Annual report of the Punjab Veterinary College and of the Civil Veterinary Department, Punjab - 1920-1925
Year: 1920
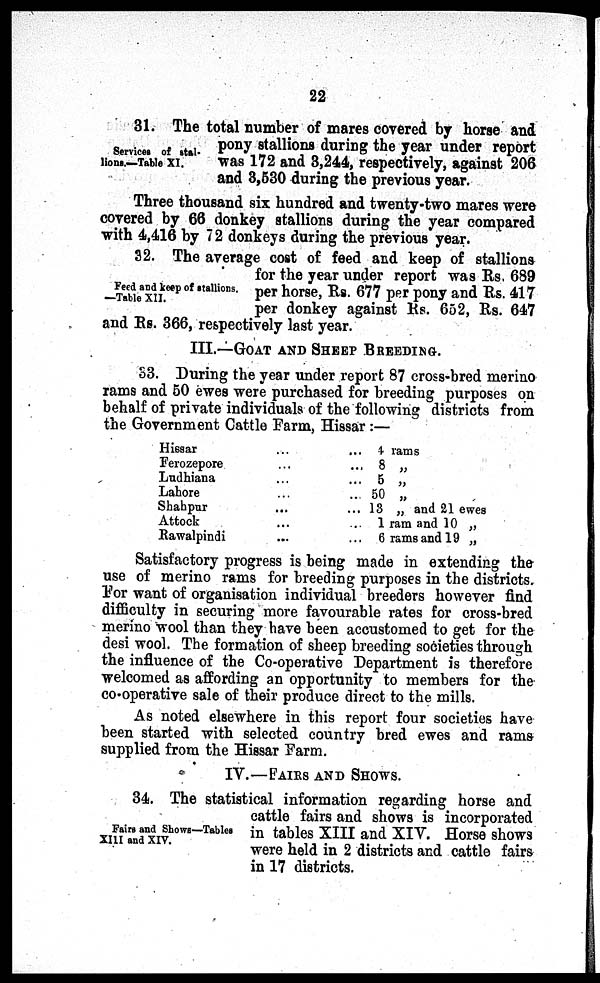
22
Services of stal-
lions.—Table XI.
31. The total number of mares covered by horse and
pony stallions during the year under report
was 172 and 3,244, respectively, against 206
and 3,530 during the previous year.
Three thousand six hundred and twenty-two mares were
covered by 66 donkey stallions during the year compared
with 4,416 by 72 donkeys during the previous year.
Feed and keep of stallions.—Table XII.
32. The average cost of feed and keep of stallions
for the year under report was Rs 689
per horse, Rs. 677 per pony and Rs. 417
per donkey against Rs. 652, Rs. 647
and Rs. 366, respectively last year.
III.—GOAT AND SHEEP BREEDING.
33. During the year under report 87 cross-bred merino
rams and 50 ewes were purchased for breeding purposes on
behalf of private individuals of the following districts from
the Government Cattle Farm, Hissar:—
Hissar
Ferozepore
Ludhiana
Lahore
Shahpur
Attock
Rawalpindi
...
...
...
...
...
...
...
...
...
...
...
...
...
...
4 rams
8 „
5 „
50 „
13 „ and 21 ewes
1 ram and 10 „
6 rams and 19 „
Satisfactory progress is being made in extending the
use of merino rams for breeding purposes in the districts.
For want of organisation individual breeders however find
difficulty in securing more favourable rates for cross-bred
merino wool than they have been accustomed to get for the
desi wool. The formation of sheep breeding societies through
the influence of the Co-operative Department is therefore
welcomed as affording an opportunity to members for the
co-operative sale of their produce direct to the mills.
As noted elsewhere in this report four societies have
been started with selected country bred ewes and rams
supplied from the Hissar Farm.
IV.—FAIRS AND SHOWS.
Fairs and Shows—Tables
XIII and XIV.
34. The statistical information regarding horse and
cattle fairs and shows is incorporated
in tables XIII and XIV. Horse shows
were held in 2 districts and cattle fairs
in 17 districts.